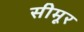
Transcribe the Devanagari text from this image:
सीमूर